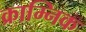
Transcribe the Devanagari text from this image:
क्राम्निक